Report of the Hyderabad Chloroform Commission
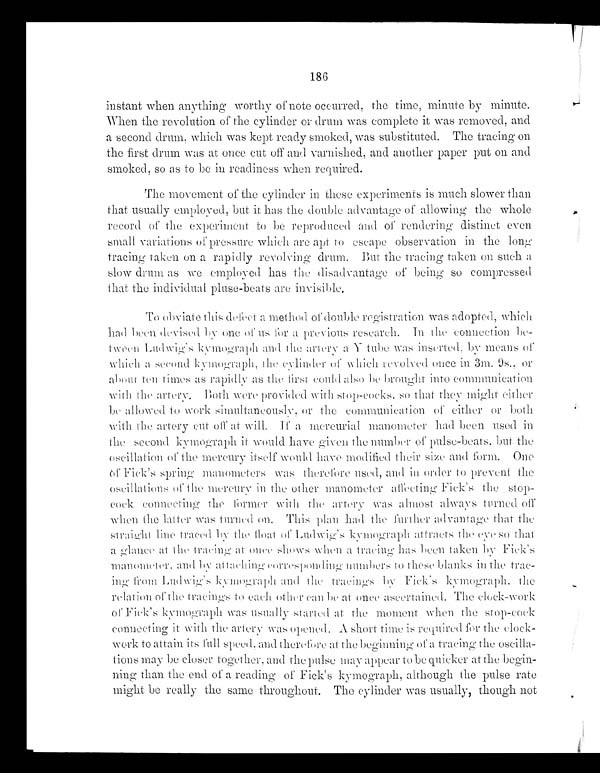
186
instant when anything worthy of note occurred, the time, minute by minute.
When the revolution of the cylinder or drum was complete it was removed, and
a second drum, which was kept ready smoked, was substituted. The tracing on
the first drum was at once cut off and varnished, and another paper put on and
smoked, so as to be in readiness when required.
The movement of the cylinder in these experiments is much slower than
that usually employed, but it has the double advantage of allowing the whole
record of the experiment to be reproduced and of rendering distinct even
small variations of pressure which are apt to escape observation in the long
tracing taken on a rapidly revolving drum. But the tracing taken on such a
slow drum as we employed has the disadvantage of being so compressed
that the individual pluse-beats are invisible.
To obviate this defect a method of double registration was adopted, which
had been devised by one of us for a previous research. In the connection be-
tween Ludwig's kymograph arid the artery a Y tube was inserted, by means of
which a second kymograph, the cylinder which revolved once in 3m. 9s., or
about ten times as rapidly as the first could also be brought into communication
with the artery. Both provided with stop-cocks, so that they might either
be allowed to work simultaneously, or the communication of either or both
with the artery cut off at will. If a mercurial. manometer had been used in
the second kymograph it would have given the number of pulse-beats. but the
oseillation of the mercury itself would have modified their size and form. One
of Fick's spring manometers was therefore used, and in order to prevent the
oscillations of the mercury in the other manometer affecting Flick's the stop-
- c o c k c o n n e c t i n g t h e f o r m e r w i t h t h e a r t e r y w a s a l m o s t a l w a y s t u r n e d o f f
when the latter was turned on. This plan had the further advantage that the
straight line traced by the float of Ludwig's kymograph attracts the eve so that
a glance al the tracing at once shows when a tracing has been taken by
Flick's manometer, and by attaching corresponding numbers to these blanks in the trac-
ing from Ludwig's kymograph and the tracings Fick's kymograph the
relation of the tracings to each other can be at once ascertained. The clock-work
of Fick's kymograph was usually started at the moment when the stop-cock
connecting it with the artery was opened, A short time is required for the clock-
work to attain its fall speed, and therefore at the beginning of a tracing the, oscilla-
tions may be closer together, and the pulse may appear to be quicker at the begin-
ning than the end of a reading of Fick's kymograph, although the pulse rate
might be really the same throughout. The cylinder was usually, though not